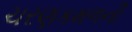
ચરણકમળની